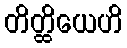
တိတ္ထိယေဟိ